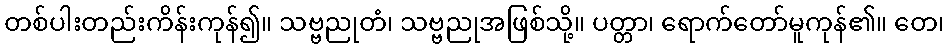
တစ်ပါးတည်းကိန်းကုန်၍။ သဗ္ဗညုတံ၊ သဗ္ဗညုအဖြစ်သို့။ ပတ္တာ၊ ရောက်တော်မူကုန်၏။ တေ၊